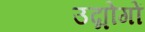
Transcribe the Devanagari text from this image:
उद्मोगों